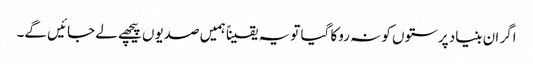
اگر ان بنیاد پرستوں کو نہ روکا گیا تو یہ یقیناً ہمیں صدیوں پیچھے لے جائیں گے۔